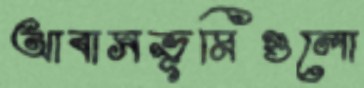
আবাসভূমিগুলো